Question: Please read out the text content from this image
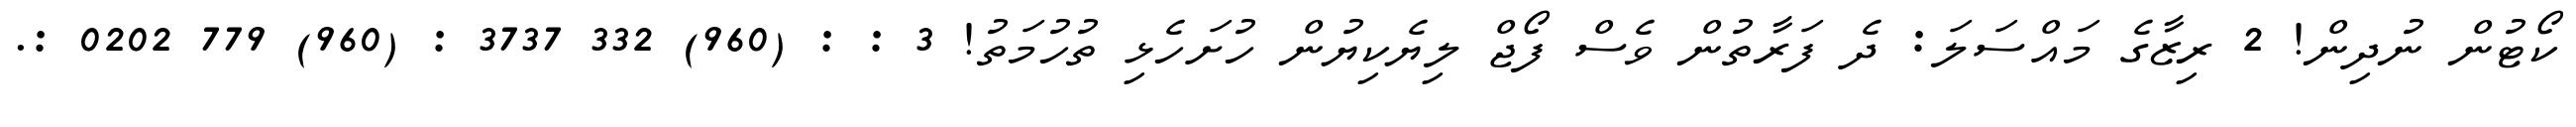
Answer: ކޯޓުން ނުދިން! 2 ރިޒާގެ މައްސަލަ: ދެ ފަރާތުން ވެސް ފޯޖް ލިޔެކިޔުން ހުށަހެޅި ތުހުމަތު! 3 : : (960) 332 3737 : (960) 779 0202 :.